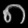
Digit: ၈